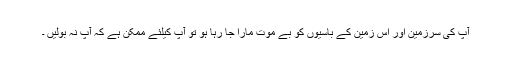
آپ کی سرزمین اور اس زمین کے باسیوں کو بے موت مارا جا رہا ہو تو آپ کیلئے ممکن ہے کہ آپ نہ بولیں ۔